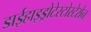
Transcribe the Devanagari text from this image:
डाईहाइड्रोटेस्टोस्टेरोन